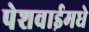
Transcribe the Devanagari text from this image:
पेशवाईमधे